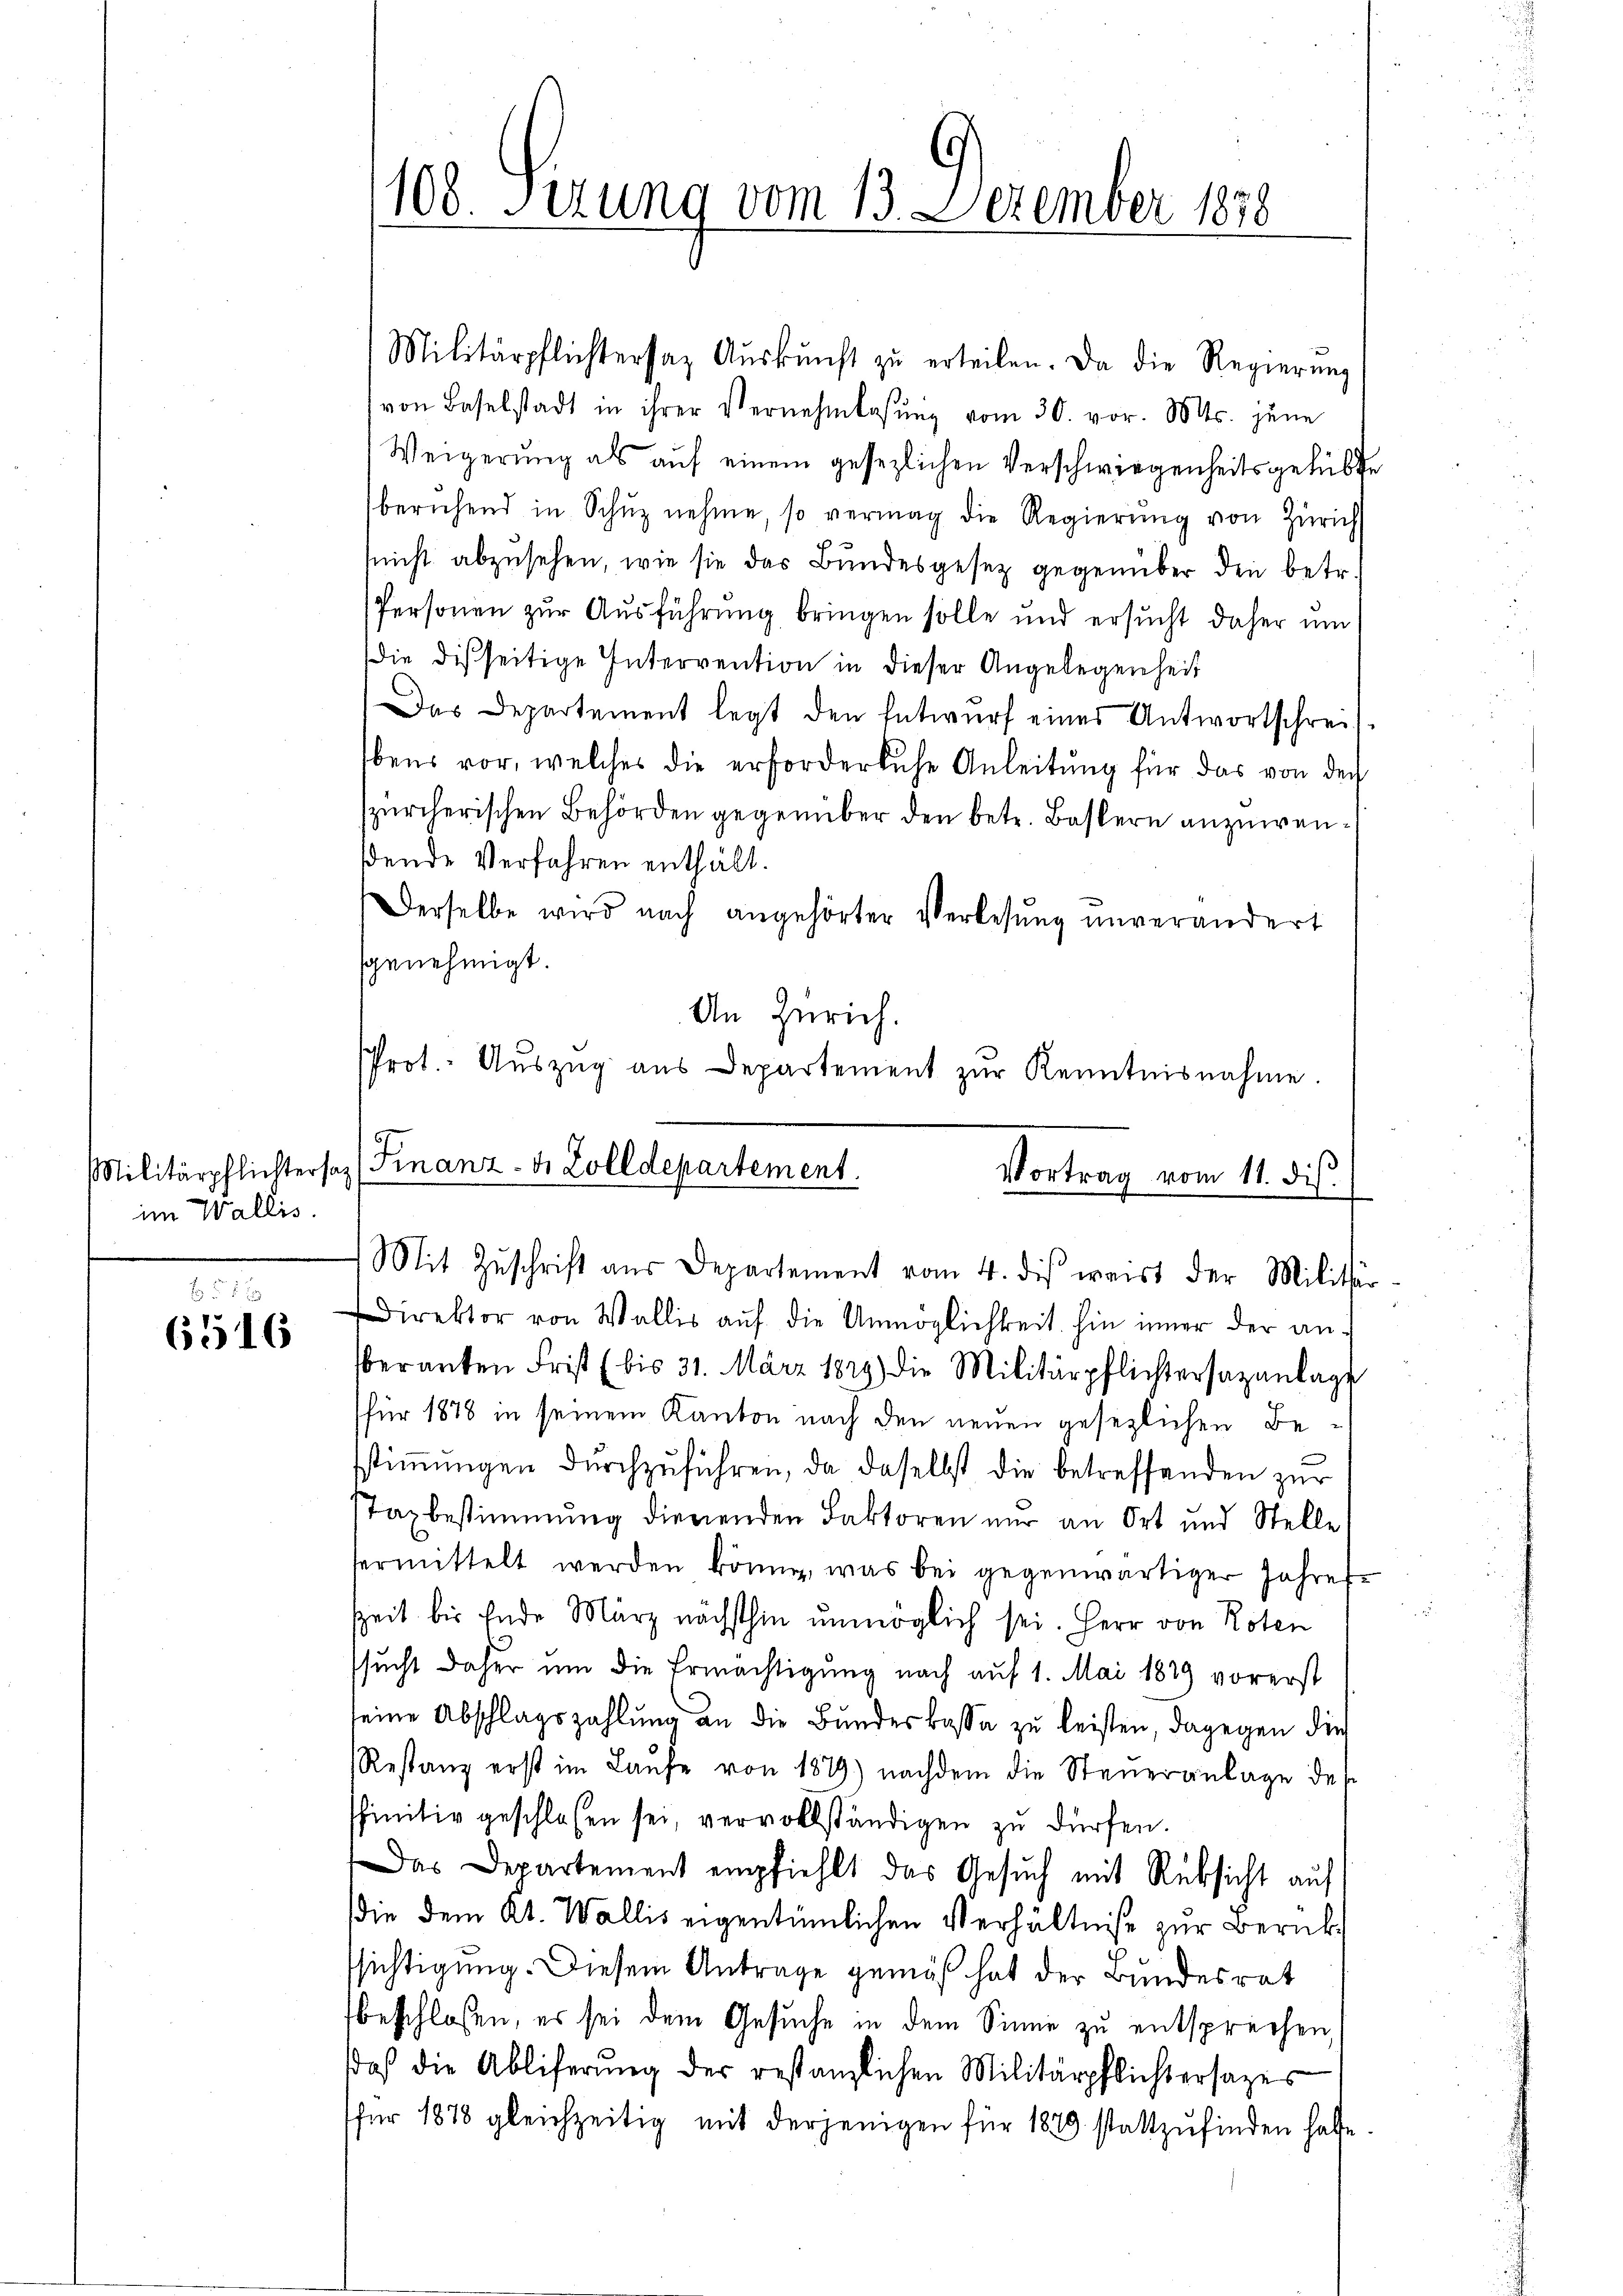
im Wallis.

5 x
6516

Militärpflichtersaz Aŭskŭnft zŭ erteilen. Da die Regierung
von Baselstadt in ihrer Vernehmlassŭng vom 30. vor. Mts. jene
Weigerung als auf einem gesezlichen Verschwiegenheitsgelübte
beruhend in Schŭz nehme, so vermag die Regierŭng von Zürich
(nicht abzusehen, wie sie das Bundesgesetz gegenüber den betr.
Personen zur Ausführung bringen solle und ersucht daher um
die disseitige Interrention in dieser Angelegenheit
Das Departement legt den Entwurf eines Antwortschreibens vor, welches die erforderliche Anleitŭng für das von der
zürcherischen Behörden gegenüber den betr. Bastern anzuwenßende Verfahren enthält.
Derselbe wird nach angehörter Verlesung unverändert
sgenehmigt.
An Zürich.
Prot. Aŭszŭg aŭs Departement zŭr Kenntnisnahme.
Militärpflichtersez (Finanz- u. Zolldepartement.
Vortrag vom 11. dis.

108. Sizung vom 13. Dezember 1878

Mit Zŭschrift aus Departement vom 4. dis weist der Militär

Direktor von Wallis aŭf die Unmöglichkeit hin inner der anberanten Frist (bis 31. März 1829) die Militärpflichtersazanlage
für 1878 in seinem Kanton nach den neuen gesezlichen Bestiṁŭngen dŭrchzŭführen, da daselbst die betreffenden zur
Taxbestimmung dienenden Faktoren nur an Ort und Stelle
ermittelt werden könne, was bei gegenwärtiger Jahres-
Zeit bis Ende März nächsthin unmöglich sei. Herr von Roten
sucht daher um die Ermächtigung nach auf 1. Mai 1879 vorerst
seine Abschlagszahlŭng an die Bŭndeskassa zŭ leisten, dagegen die
Restanz erst im Laufe von 1879) nachdem die Steueranlage des
ffinitiv geschlossen sei, vervollständigen zu dürfen.
Das Departement empfiehlt das Gesŭch mit Rücksicht auf
die dem Kt. Wallis eigentümlichen Verhältniße zur Berückssichtigung. Diesem Antrage gemäß hat der Bundesrat
beschlossen, es sei dem Gesuche in dem Sinne zu entsprechen,
Daß die Abliferung der restanzlichen Militärpflichtersages
für 1878 gleichzeitig mit derjenigen für 1879 stattzufinden habe